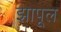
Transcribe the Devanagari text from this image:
झापूल